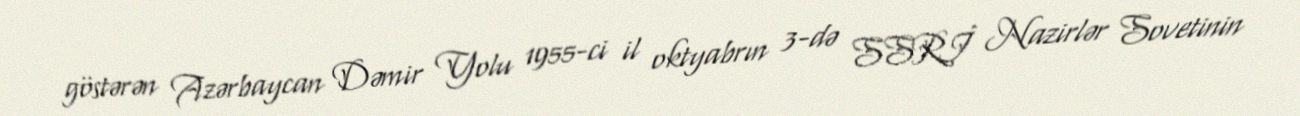
göstərən Azərbaycan Dəmir Yolu 1955-ci il oktyabrın 3-də SSRİ Nazirlər Sovetinin